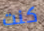
كنت